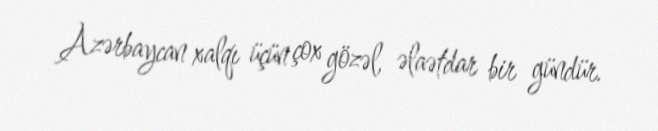
Azərbaycan xalqı üçün çox gözəl, əlaətdar bir gündür.